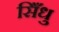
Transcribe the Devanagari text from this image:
सिँधु